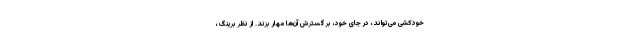
خودکشی می‌تواند، در جای خود، بر گسترش آن‌ها مهار بزند. از نظر برینگ،